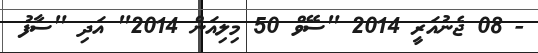
- 08 ޖެނުއަރީ 2014 "ސޭވް 50 މިލިއަން 2014" އަދި "ސާފު